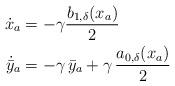
LaTeX: \begin{align*} \dot{{x}}_a &=-\gamma\dfrac{ b_{1,\delta}(x_a)}{2 }\\\dot{\bar{y}}_a & = -\gamma\, \bar{y}_a + \gamma\, \dfrac{a_{0, \delta}({x}_a)}{2}\end{align*}